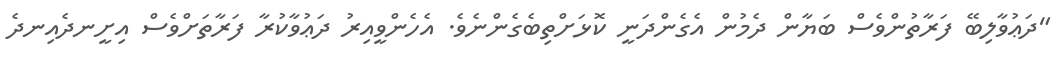
"ދަޢުވާލިބޭ ފަރާތުންވެސް ބަޔާން ދެމުން އެގެންދަނީ ކޮޅަށްތިބެގެންނެވެ. އެހެންވީއިރު ދަޢުވާކުރާ ފަރާތަށްވެސް އިށީނދެއިނދެ